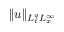
\| u \| _ { L _ { t } ^ { q } L _ { x } ^ { \infty } }